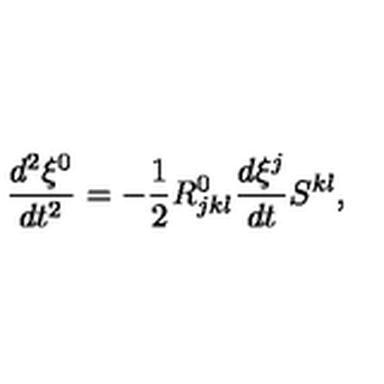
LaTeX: \frac { d ^ { 2 } \xi ^ { 0 } } { d t ^ { 2 } } = - \frac { 1 } { 2 } R _ { j k l } ^ { 0 } \frac { d \xi ^ { j } } { d t } S ^ { k l } ,